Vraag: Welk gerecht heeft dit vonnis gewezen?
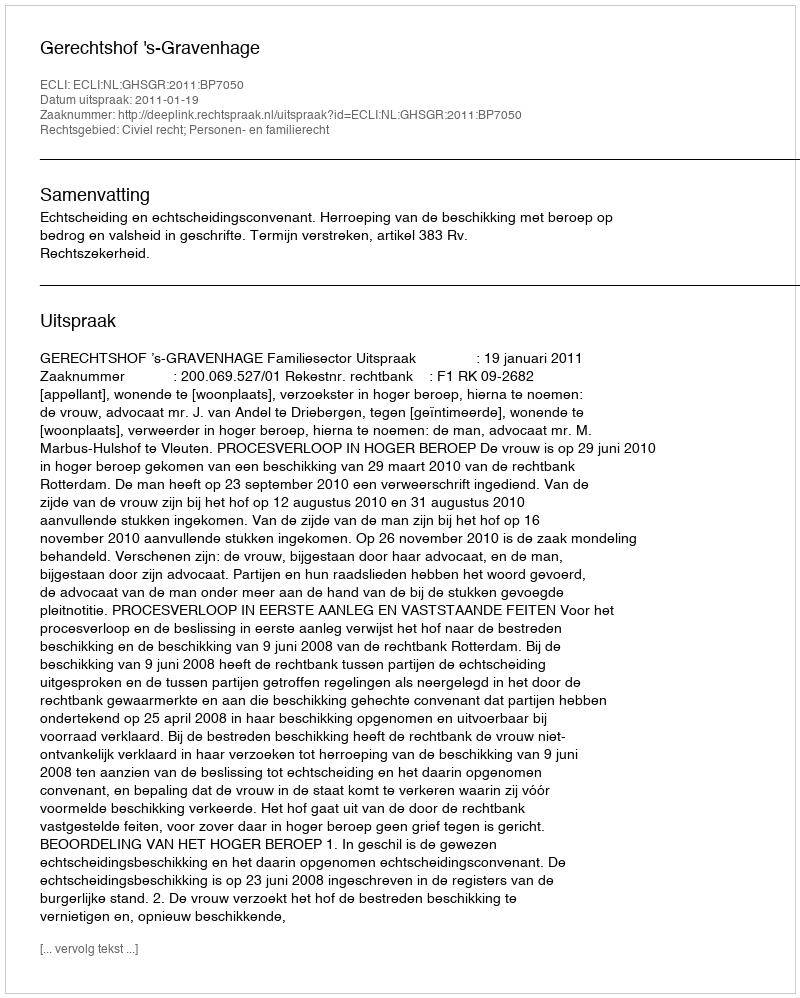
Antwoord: Gerechtshof 's-Gravenhage